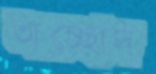
অচ্ছোদ